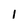
Character: 1